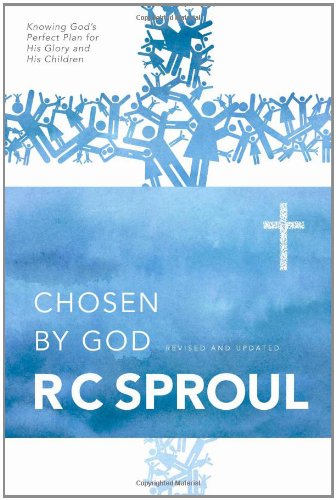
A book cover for Chosen by God; R. C. Sproul; Politics & Social Sciences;